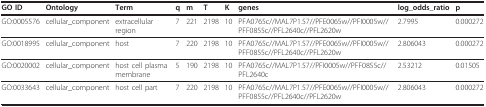
<table><thead><tr><td><b>GO ID</b></td><td><b>Ontology</b></td><td><b>Term</b></td><td><b>q</b></td><td><b>m</b></td><td><b>T</b></td><td><b>K</b></td><td><b>genes</b></td><td><b>log_odds_ratio</b></td><td><b>p</b></td></tr></thead><tbody><tr><td>GO:0005576</td><td>cellular_component</td><td>extracellular region</td><td>7</td><td>221</td><td>2198</td><td>10</td><td>PFA0765c//MAL7P1.57//PFE0065w//PFI0005w//PFF0855c//PFL2640c//PFL2620w</td><td>2.7995</td><td>0.000272</td></tr><tr><td>GO:0018995</td><td>cellular_component</td><td>host</td><td>7</td><td>220</td><td>2198</td><td>10</td><td>PFA0765c//MAL7P1.57//PFE0065w//PFI0005w//PFF0855c//PFL2640c//PFL2620w</td><td>2.806043</td><td>0.000272</td></tr><tr><td>GO:0020002</td><td>cellular_component</td><td>host cell plasma membrane</td><td>5</td><td>190</td><td>2198</td><td>10</td><td>PFA0765c//MAL7P1.57//PFI0005w//PFF0855c//PFL2640c</td><td>2.53212</td><td>0.01505</td></tr><tr><td>GO:0033643</td><td>cellular_component</td><td>host cell part</td><td>7</td><td>220</td><td>2198</td><td>10</td><td>PFA0765c//MAL7P1.57//PFE0065w//PFI0005w//PFF0855c//PFL2640c//PFL2620w</td><td>2.806043</td><td>0.000272</td></tr></tbody></table>